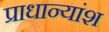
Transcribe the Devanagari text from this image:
प्राधान्यांश